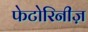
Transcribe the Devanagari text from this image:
फेटोरिनीज़